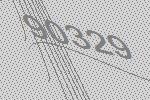
90329